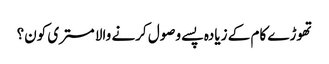
تھوڑے کام کے زیادہ پسے وصول کرنے والا مستری کون؟